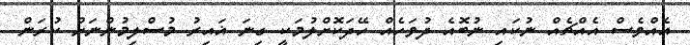
އެއްވެސް އެއްޗެއް ނުކައި ނުބޮއެ ދުވަހެއް ހޭދަކޮށްލުމަކީ ގިނަ ޣައިރު މުސްލިމުންނަށް ކުރަން